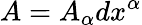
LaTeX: A=A_{\alpha}dx^{\alpha}